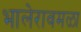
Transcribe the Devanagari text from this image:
भालेरावमळा